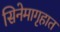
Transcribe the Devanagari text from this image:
सिनेमागृहात